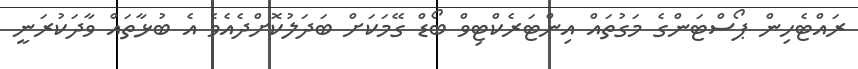
ރައްޓެހިން ޕޯސްޓަންގެ މަގުތައް އިންޓަރެކްޓިވް ބޯޑް ގޭމަކަށް ބަދަލުކޮށްދެއެވެ އެ ބުޅާތައް ވާދަކުރަނީ